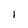
Character: l